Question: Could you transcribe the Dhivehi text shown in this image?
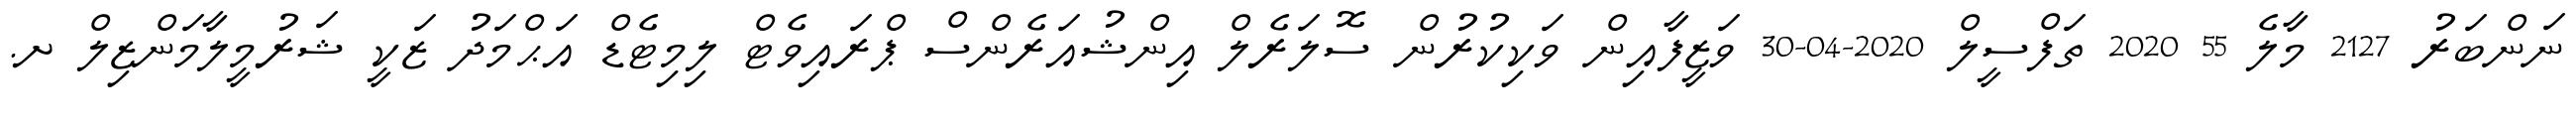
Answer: ނަންބަރު 2127 މާލެ 55 2020 ތަފްސީލް 2020-04-30 ވަޒީފާއިން ވަކިކުރުން ސޮލަރެލް އިންޝުއަރެންސް ޕްރައިވެޓް ލިމިޓެޑް އަޙްމަދު ޒަކީ ޝަރުމީލާމަންޒިލް ށ.